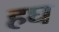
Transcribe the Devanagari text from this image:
हघ